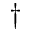
\dagger